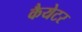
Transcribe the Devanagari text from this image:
कैयेटर